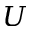
U